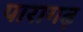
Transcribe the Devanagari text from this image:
पारागढ़